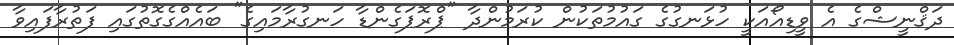
ދަޤްނީޝްގެ އެ ވީޑިއޯއަކީ ހުޅަނގުގެ ގައުމުތަކުން ކުރަމުންދާ "ޕްރޮޕަގެންޑާ ހަނގުރާމައިގެ" ބައެއްގެގޮތުގައި ފަތުރާފައިވާ